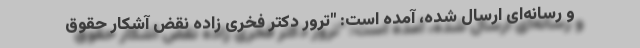
و رسانه‌ای ارسال شده، آمده است: "ترور دکتر فخری زاده نقض آشکار حقوق